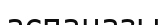
аспаназы